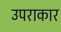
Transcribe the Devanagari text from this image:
उपराकार